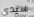
سيدي